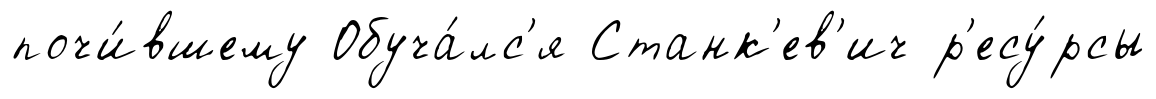
почи́вшему Обуча́лс'я Станк'ев'ич р'есу́рсы